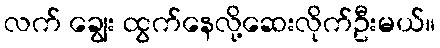
လက် ချွေး ထွက်နေလို့ဆေးလိုက်ဦးမယ်။